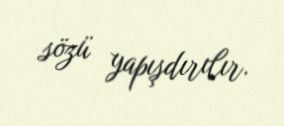
sözü yapışdırılır.